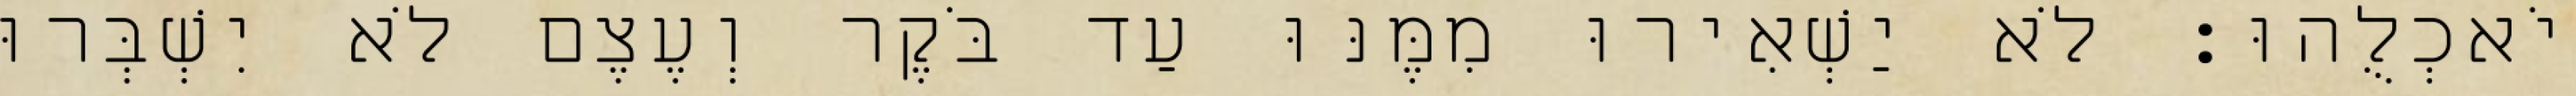
יֹאכְלֻהוּ׃ לֹא יַשְׁאִירוּ מִמֶּנּוּ עַד בֹּקֶר וְעֶצֶם לֹא יִשְׁבְּרוּ